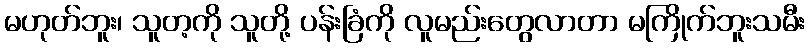
မဟုတ်ဘူး၊ သူတ့ကို သူတို့ ပန်းခြံကို လူမည်းတွေလာတာ မကြိုက်ဘူးသမီး